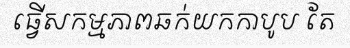
ធ្វើសកម្មភាពឆក់យកកាបូប តែ